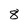
Character: 8